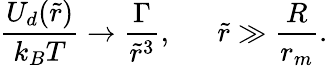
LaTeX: \frac{U_{d}(\tilde{r})}{k_{B}T}\rightarrow\frac{\Gamma}{\tilde{r}^{3}},\quad\; \; \tilde{r}\gg\frac{R}{r_{m}}.